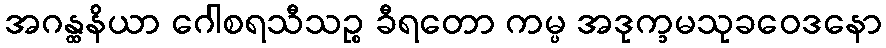
အဂန္ထနိယာ ဂေါစရသီသဉ္စ ခီရတော ကမ္ပ အဒုက္ခမသုခဝေဒနော